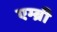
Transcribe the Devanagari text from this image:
एम्ब्री